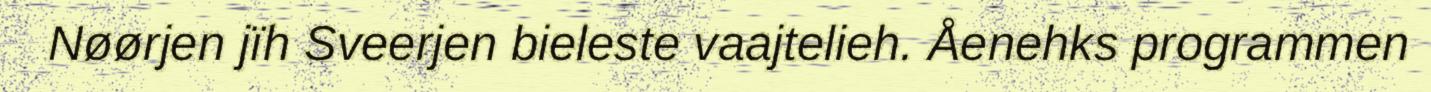
Nøørjen jïh Sveerjen bieleste vaajtelieh. Åenehks programmen